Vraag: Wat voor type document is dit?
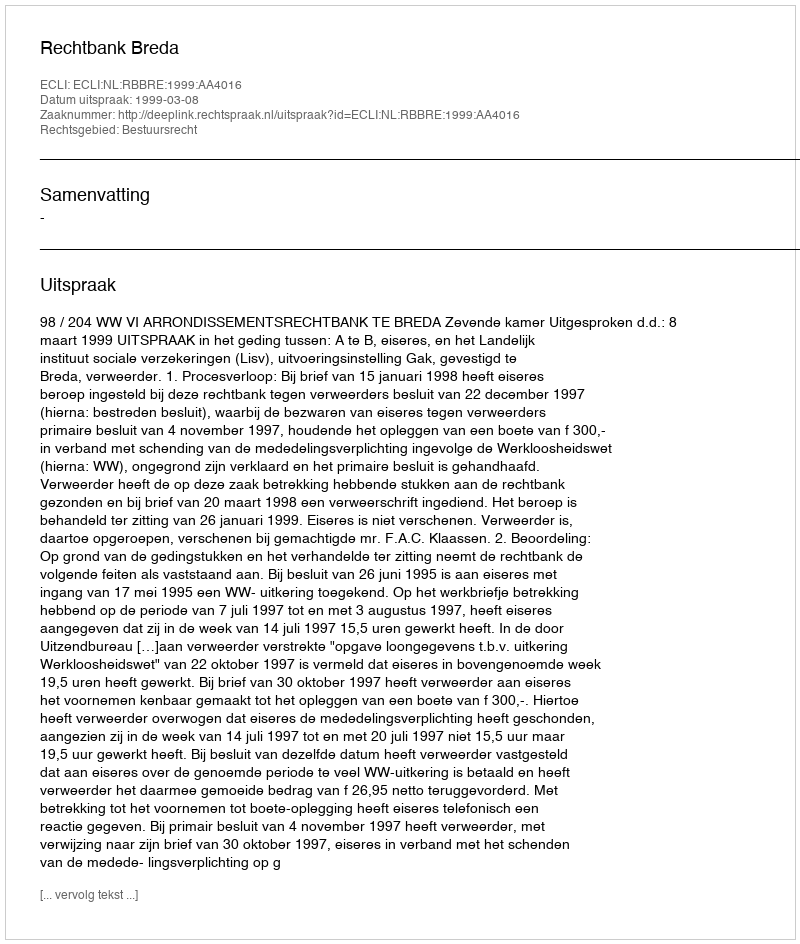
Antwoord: Uitspraak